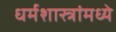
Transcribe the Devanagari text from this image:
धर्मशास्त्रांमध्ये